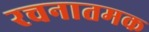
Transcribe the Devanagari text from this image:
रचनातमक